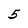
Character: 5